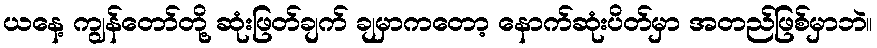
ယနေ့ ကျွန်တော်တို့ ဆုံးဖြတ်ချက် ချမှာကတော့ နောက်ဆုံးပိတ်မှာ အတည်ဖြစ်မှာဘဲ။